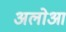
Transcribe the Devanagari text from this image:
अलोआ